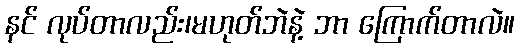
နင် လုပ်တာလည်း၊မဟုတ်ဘဲနဲ့ ဘာ ကြောက်တာလဲ။